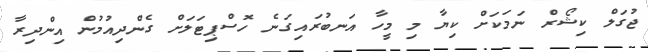
ޖުގަލް ކިޝޯރް ނަމަކަށް ކިޔާ މި މީހާ އަނބުރައިގަނެ ހޮސްޕިޓަލަށް ގެންދިއުމުން އިންދިރާ